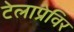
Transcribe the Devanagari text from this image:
टेलाप्रेविर